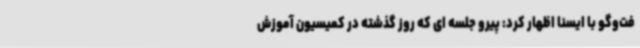
فت‌وگو با ایسنا اظهار کرد: پیرو جلسه ای که روز گذشته در کمیسیون آموزش